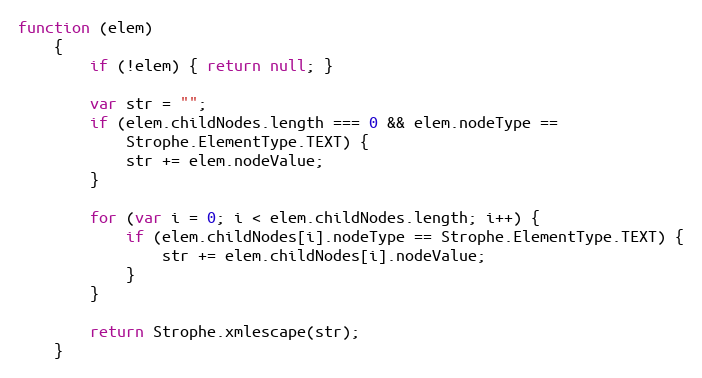
Language: JavaScript
function (elem)
    {
        if (!elem) { return null; }

        var str = "";
        if (elem.childNodes.length === 0 && elem.nodeType ==
            Strophe.ElementType.TEXT) {
            str += elem.nodeValue;
        }

        for (var i = 0; i < elem.childNodes.length; i++) {
            if (elem.childNodes[i].nodeType == Strophe.ElementType.TEXT) {
                str += elem.childNodes[i].nodeValue;
            }
        }

        return Strophe.xmlescape(str);
    }